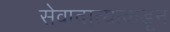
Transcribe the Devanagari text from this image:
सेवादात्याकडून